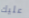
عليك